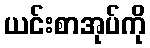
ယင်းစာအုပ်ကို